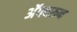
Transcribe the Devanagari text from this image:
अॅपवरून